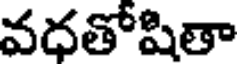
వధతోషితా